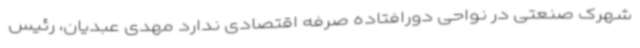
شهرک صنعتی در نواحی دورافتاده صرفه اقتصادی ندارد مهدی عبدیان، رئیس